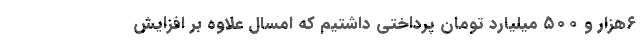
۶هزار و ۵۰۰ میلیارد تومان پرداختی داشتیم که امسال علاوه بر افزایش